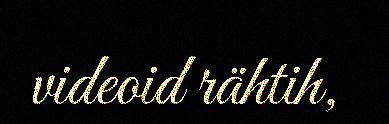
videoid rähtih,